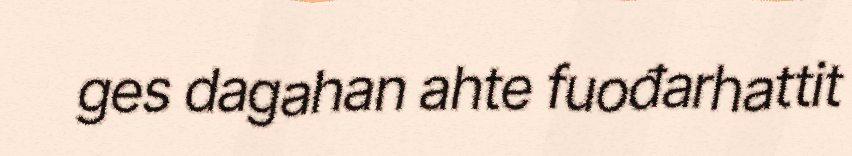
ges dagahan ahte fuođarhattit